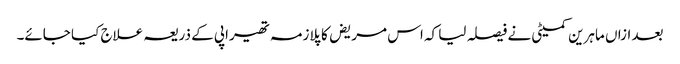
بعد ازاں ماہرین کمیٹی نے فیصلہ لیا کہ اس مریض کا پلازمہ تھیراپی کے ذریعہ علاج کیا جائے۔